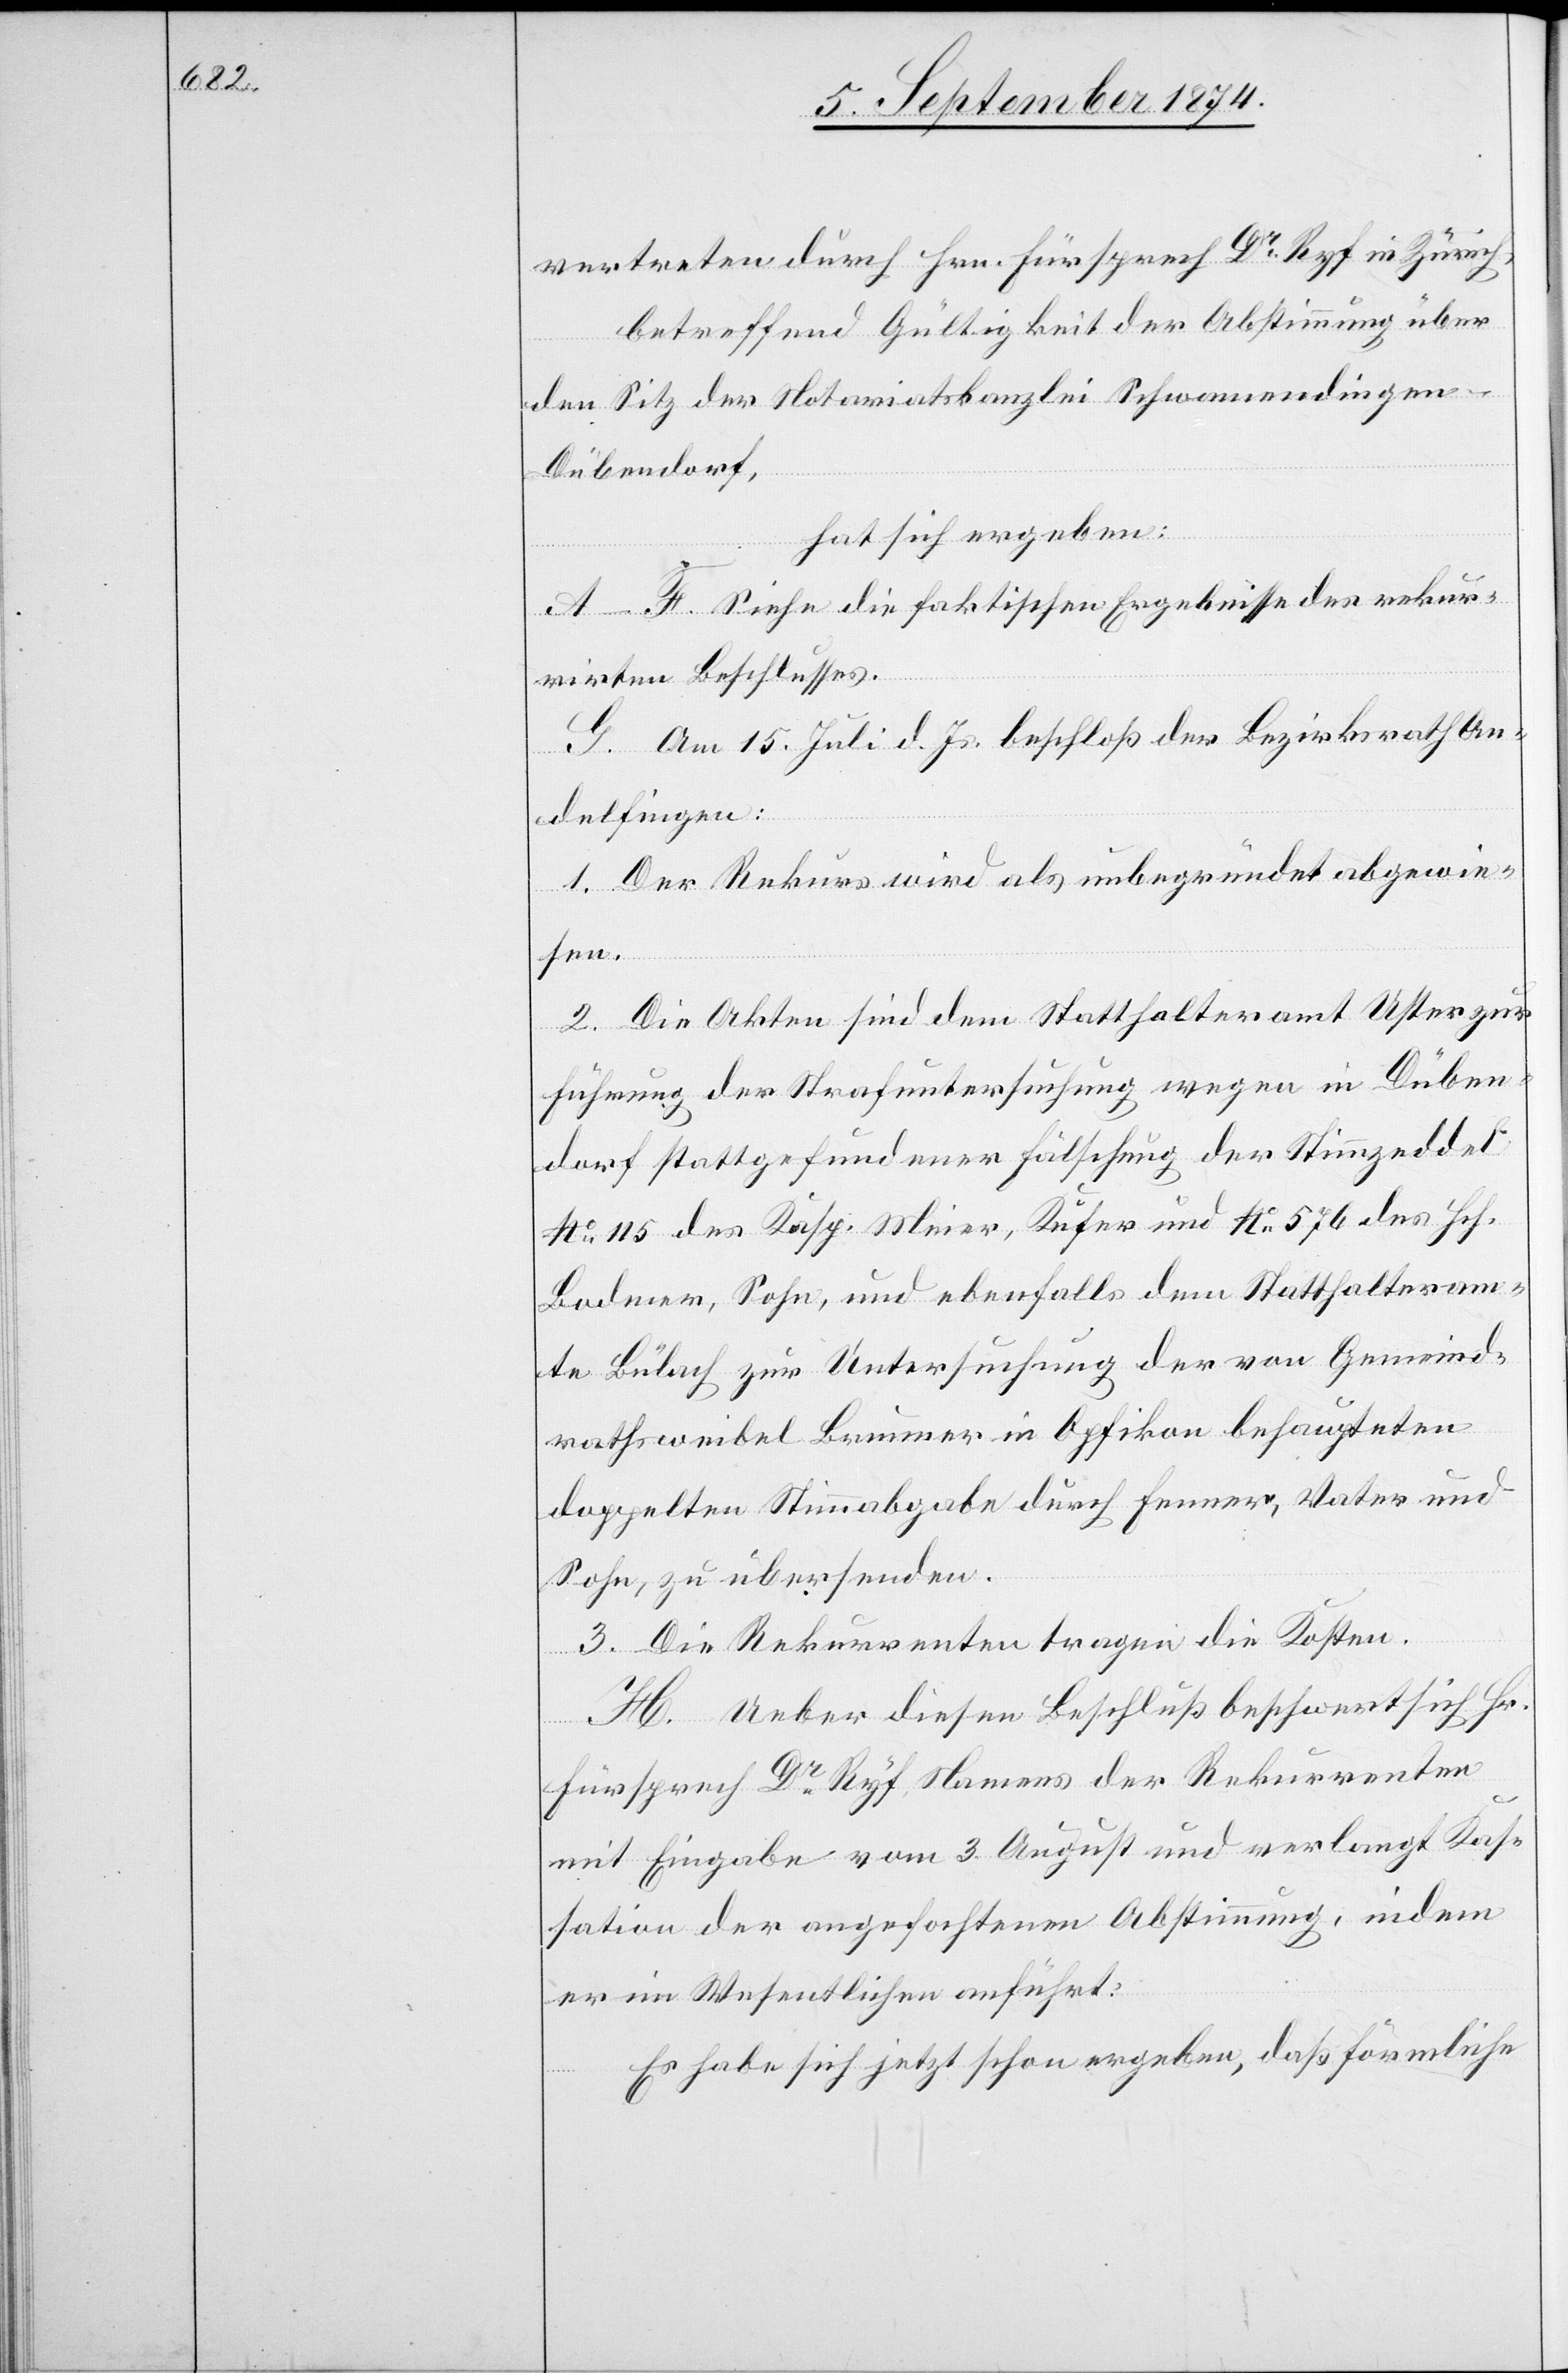
vertreten durch Hrn. Fürsprech Dr Ryf in Zürich,
betreffend Gültigkeit der Abstimmung über
den Sitz der Notariatskanzlei Schwamendingen-D¬
übendorf,
hat sich ergeben:
A.–F. Siehe die faktischen Ergebnisse des reukr¬
rirten Beschlusses.
G. Am 15. Juli d. Js. beschloß der Bezirksrath An¬
delfingen:
1. Der Rekurs wird als unbegründet abgewie¬
sen.
2. Die Akten sind dem Statthalteramt Uster zur
Führung der Strafuntersuchung wegen in Düben¬
dorf stattgefundener Fälschung der Stimmzdeddel
No 115 des Kasp. Meier, Kufer [sic!] und No 567 des Hch.
Bodmer, Sohn, und ebenfalls dem Statthalteram¬
te Bülach zur Untersuchung der von Gemeind¬
rathsweibel Brunner in Opfikon behaupteten
doppelten Stimmabgabe durch Fenner, Vater und
Sohn, zu übersenden.
3. Die Rekurrenten tragen die Kosten.
H. Ueber diesen Beschluß beschwert sich Hr.
Fürsprech Dr Ryf, Namens der Rekurrenten
mit Eingabe vom 3. August und verlangt Kas¬
sation der angefochtenen Abstimmung, indem
er im Wesentlichen anführt:
Es habe sich jetzt schon ergeben, daß förmliche